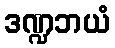
ဒဏ္ဍဘယံ